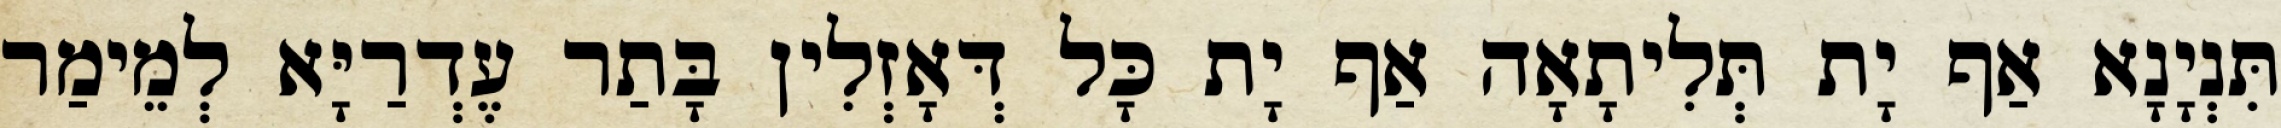
תִּנְיָנָא אַף יָת תְּלִיתָאָה אַף יָת כָּל דְּאָזְלִין בָּתַר עֶדְרַיָּא לְמֵימַר